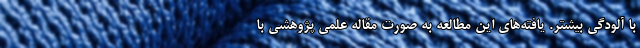
با آلودگی بیشتر. یافته‌های این مطالعه به صورت مقاله علمی پژوهشی با